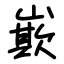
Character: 㠌